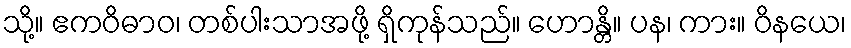
သို့။ ဧကဝိဓာဝ၊ တစ်ပါးသာအဖို့ ရှိကုန်သည်။ ဟောန္တိ။ ပန၊ ကား။ ဝိနယေ၊